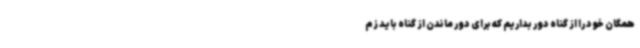
همگان خود را از گناه دور بداریم که برای دور ماندن از گناه باید زم